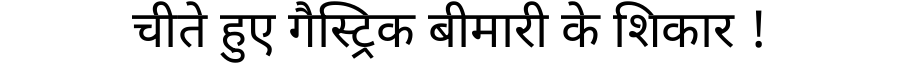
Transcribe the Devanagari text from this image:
चीते हुए गैस्ट्रिक बीमारी के शिकार !